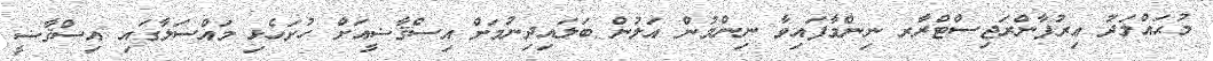
މުޙައްމަދު ޢިރުފާންރަޖިސްޓްރާރ ނިންމާފައިވާ ނިންމުން އަލުން ބަލައިދިނުމަށް އިސްޤާޟީއަށް ހުށަހެޅި މައްސަލާގައި އިސްޤާޟީ